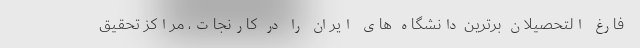
فارغ التحصیلان برترین دانشگاه های ایران را در کارنجات، مراکز تحقیق